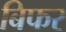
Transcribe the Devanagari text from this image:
बिफर